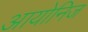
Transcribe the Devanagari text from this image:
आयोनिज